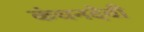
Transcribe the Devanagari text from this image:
कंचनदेवी